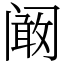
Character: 阚